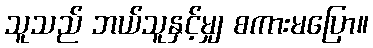
သူသည် ဘယ်သူနှင့်မျှ စကားမပြော။